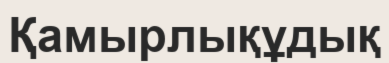
Қамырлықұдық